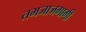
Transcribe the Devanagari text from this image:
तभजाजगागी